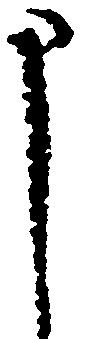
申